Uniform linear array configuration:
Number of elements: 12
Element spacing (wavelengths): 0.5
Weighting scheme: exponential
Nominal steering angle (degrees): -30
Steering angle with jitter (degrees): -29.46
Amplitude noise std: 0.05
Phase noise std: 0.05

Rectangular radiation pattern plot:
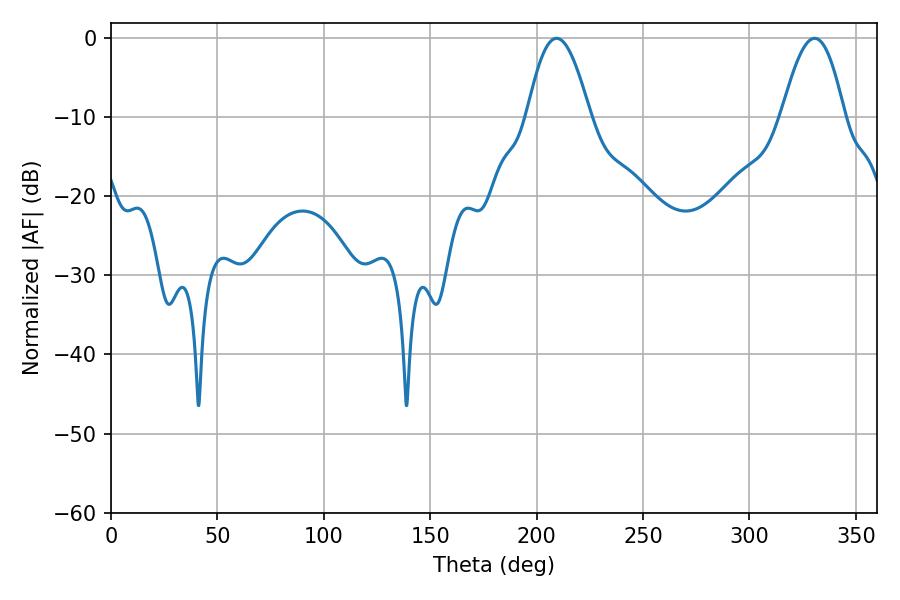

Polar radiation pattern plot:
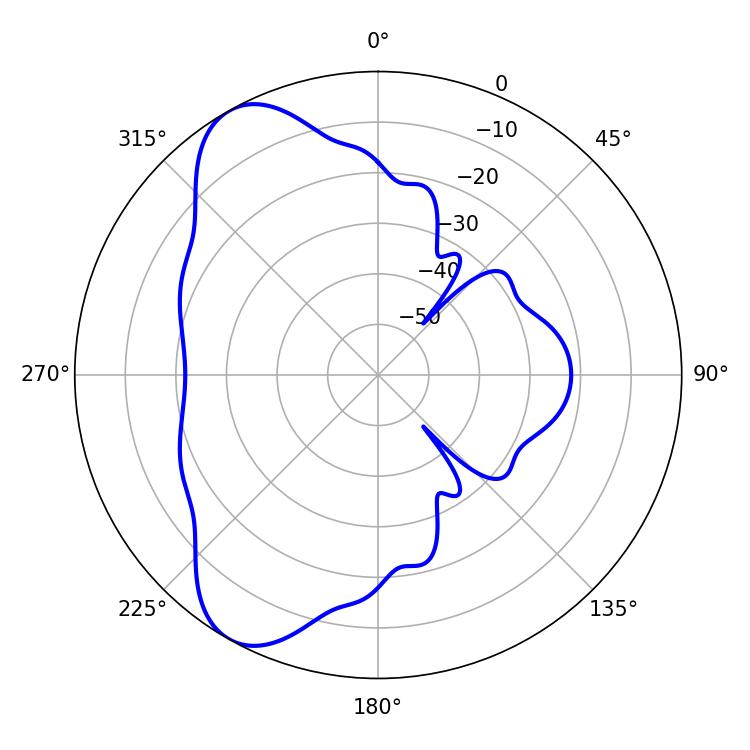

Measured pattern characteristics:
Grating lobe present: FALSE
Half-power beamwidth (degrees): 16.02
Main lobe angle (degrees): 209.34